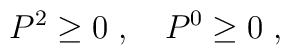
P^2 \ge 0 \; , \quad P^0 \ge 0 \; ,